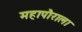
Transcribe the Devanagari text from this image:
महापौराला